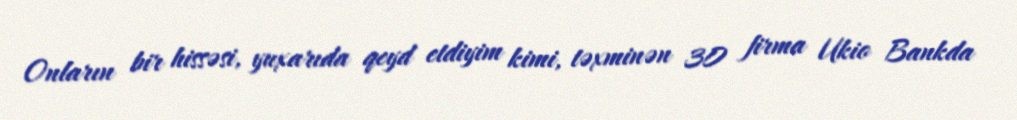
Onların bir hissəsi, yuxarıda qeyd etdiyim kimi, təxminən 30 firma Ukio Bankda